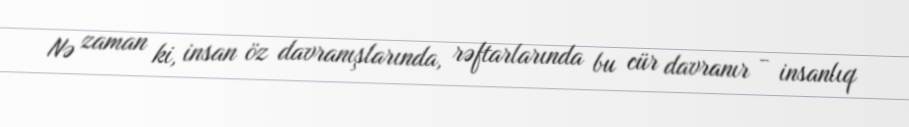
Nə zaman ki, insan öz davranışlarında, rəftarlarında bu cür davranır - insanlıq